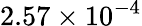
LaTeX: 2.57\times 10^{-4}